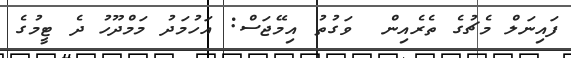
ފައިނަލް މެޗުގެ ތެރެއިން  ވަގުތު އިމޭޖަސް: އަހުމަދު މަމްދޫހު ދެ ޓީމުގެ